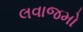
લવાજમો